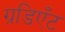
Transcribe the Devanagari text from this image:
ग्रडिएँट